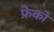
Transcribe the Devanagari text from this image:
फ्रेको